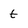
Character: t